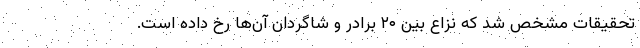
تحقیقات مشخص شد که نزاع بین ۲۰ برادر و شاگردان آن‌ها رخ داده است.